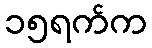
၁၅ရက်က